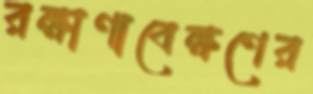
রক্ষাণাবেক্ষণের